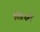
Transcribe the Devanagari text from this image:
खिस्ते